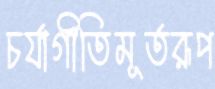
চর্যাগীতিমূর্তরূপ